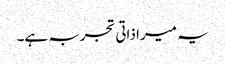
یہ میرا ذاتی تجربہ ہے۔